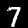
Digit: 7